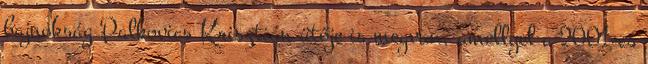
bajnokság Palkovics Krisztián ütője is megvan, amellyel a 2001-es